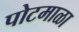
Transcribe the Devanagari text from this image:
पोटमाळा